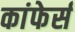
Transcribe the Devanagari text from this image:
कांफेर्स